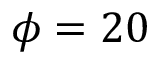
\phi = 2 0